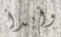
وأبدأ